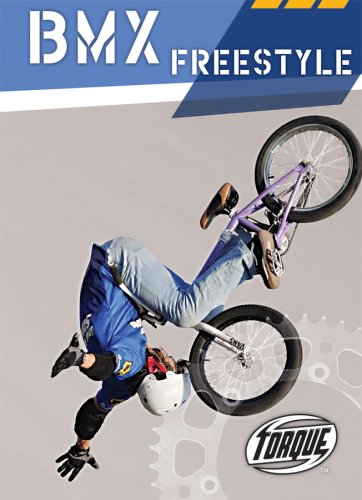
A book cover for BMX Freestyle (Torque Books: Action Sports); Ray McClellan; Children's Books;